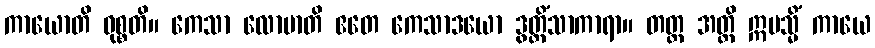
ကာယောတိ ဝုစ္စတိ။ ကေသာ လောမာတိ ဧတေ ကေသာဒယော ဒွတ္တိံသာကာရာ။ တတ္ထ အတ္ထိ ဣမသ္မိံ ကာယေ